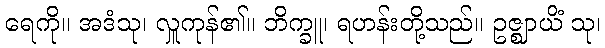
ရေကို။ အဒံသု၊ လှူကုန်၏။ ဘိက္ခူ၊ ရဟန်းတို့သည်။ ဥဇ္ဈာယိံ သု၊